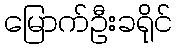
မြောက်ဦးခရိုင်